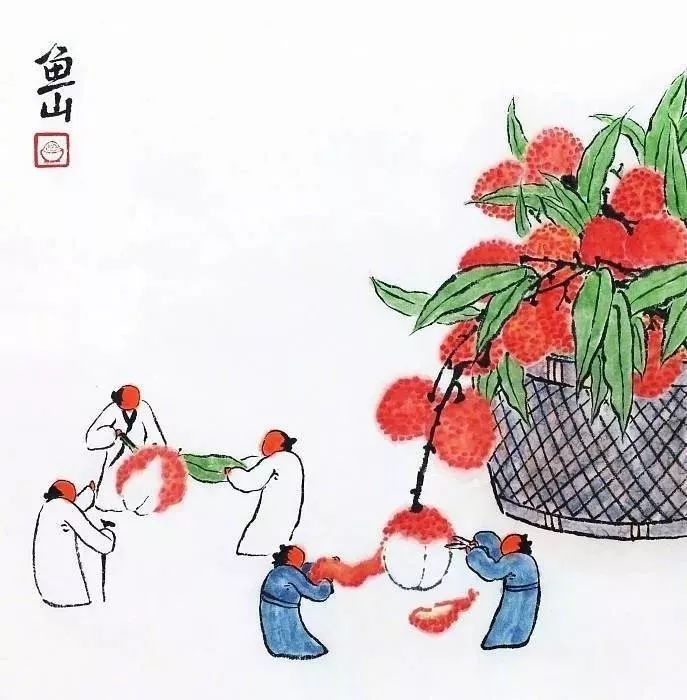
一骑红尘妃子笑，无人知是荔枝来。